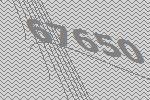
67650